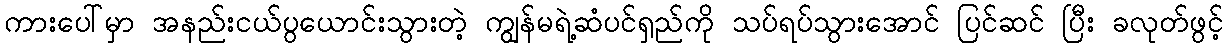
ကားပေါ်မှာ အနည်းငယ်ပွယောင်းသွားတဲ့ ကျွန်မရဲ့ဆံပင်ရှည်ကို သပ်ရပ်သွားအောင် ပြင်ဆင် ပြီး ခလုတ်ဖွင့်